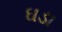
ઘડા